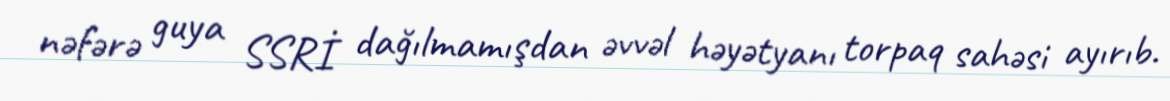
nəfərə guya SSRİ dağılmamışdan əvvəl həyətyanı torpaq sahəsi ayırıb.